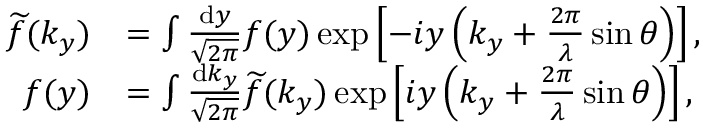
\begin{array} { r l } { \smash { \widetilde { f } } ( k _ { y } ) } & { = \int \frac { \mathrm { d } y } { \sqrt { 2 \pi } } f ( y ) \exp \left[ - i y \left( k _ { y } + \frac { 2 \pi } { \lambda } \sin \theta \right) \right] , } \\ { f ( y ) } & { = \int \frac { \mathrm { d } k _ { y } } { \sqrt { 2 \pi } } \smash { \widetilde { f } } ( k _ { y } ) \exp \left[ i y \left( k _ { y } + \frac { 2 \pi } { \lambda } \sin \theta \right) \right] , } \end{array}